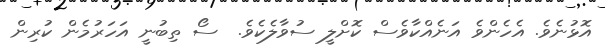
އޮޅުނެވެ. އެހެންވެ އަނެއްކާވެސް ކޮށްލީ ސުވާލެކެވެ.  ސޯ ތިބުނީ އަހަރުމެން ކުރިން